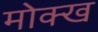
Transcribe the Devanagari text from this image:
मोक्ख